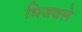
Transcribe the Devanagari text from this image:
भिजवले